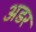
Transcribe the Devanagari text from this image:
अडर